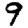
Digit: 9